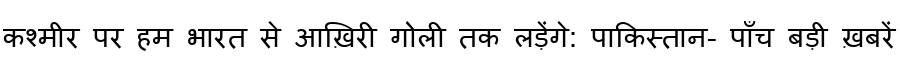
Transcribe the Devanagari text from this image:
कश्मीर पर हम भारत से आख़िरी गोली तक लड़ेंगे: पाकिस्तान- पाँच बड़ी ख़बरें